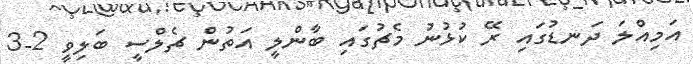
އަމިއްލަ ދަނޑުގައި ރޭ ކުޅުނު މެޗުގައި ބާންލީ އަތުން ޗެލްސީ ބަލިވީ 2-3